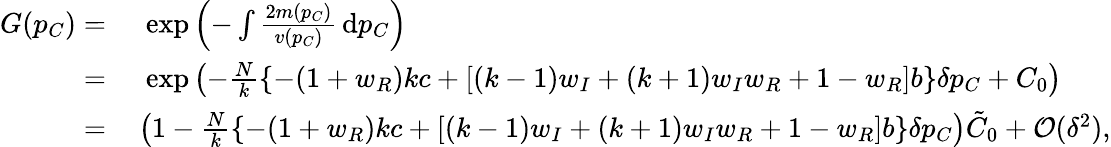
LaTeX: \begin{array}{rl}{G(p_{C})=}&{{}~\exp{\left(-\int{\frac{2m(p_{C})}{v(p_{C})}}\, \mathrm{d}p_{C}\right)}}\\ {=}&{{}~\exp{\left(-\frac{N}{k}\left\{ -(1+w_{R})kc+[(k-1)w_{I}+(k+1)w_{I}w_{R}+1-w_{R}]b\right\} \delta p_{C}+C_{0}\right)}}\\ {=}&{{}\left(1-\frac{N}{k}\left\{ -(1+w_{R})kc+[(k-1)w_{I}+(k+1)w_{I}w_{R}+1-w_{R}]b\right\} \delta p_{C}\right)\tilde{C}_{0}+\mathcal{O}(\delta^{2}),}\end{array}